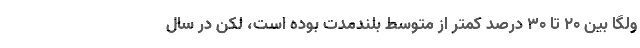
ولگا بین ۲۰ تا ۳۰ درصد کمتر از متوسط بلندمدت بوده است، لکن در سال